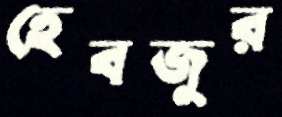
হেবজুর